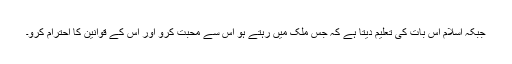
جبکہ اسلام اس بات کی تعلیم دیتا ہے کہ جس ملک میں رہتے ہو اس سے محبت کرو اور اس کے قوانین کا احترام کرو۔